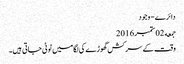
دائرے - وجود
جمعه 02 ستمبر 2016
وقت کے سرکش گھوڑے کی لگامیں ٹوٹی جاتی ہیں۔